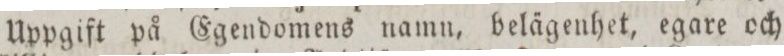
Uppgift på Egendomens namn, belägenhet, egare och